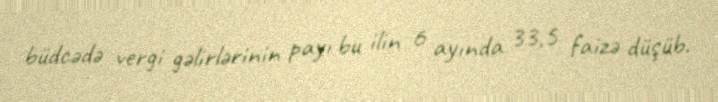
büdcədə vergi gəlirlərinin payı bu ilin 6 ayında 33,5 faizə düşüb.